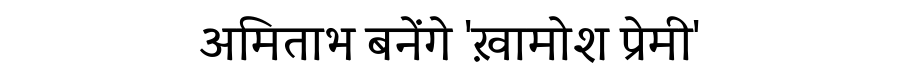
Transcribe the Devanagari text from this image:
अमिताभ बनेंगे 'ख़ामोश प्रेमी'